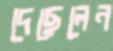
দেছেলেন